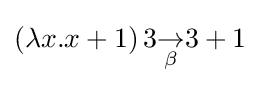
(\lambda x.x+1)\,3{\underset {\beta }{\rightarrow }}3+1